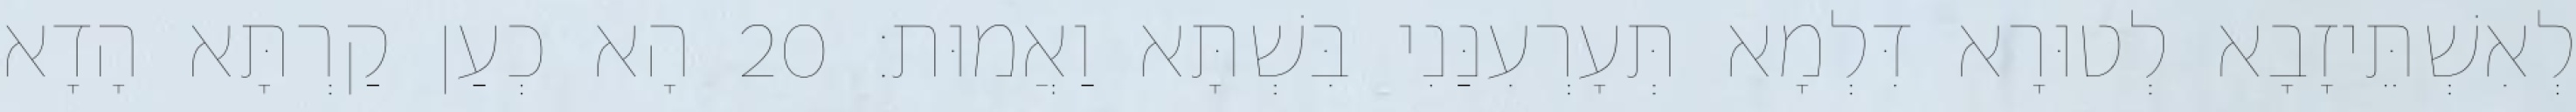
לְאִשְׁתֵּיזָבָא לְטוּרָא דִּלְמָא תְּעָרְעִנַּנִי בִּשְׁתָּא וַאֲמוּת׃ 20 הָא כְעַן קַרְתָּא הָדָא